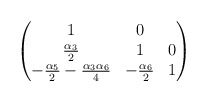
\begin{align*}\begin{pmatrix}1&0&\\\frac{\alpha_{3}}{2}&1&0\\-\frac{\alpha_{5}}{2} - \frac{\alpha_{3} \alpha_{6}}{4}&- \frac{\alpha_{6}}{2}&1\end{pmatrix}\end{align*}